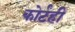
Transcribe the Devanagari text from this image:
कोर्टही